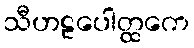
သီဟဠပေါတ္ထကေ